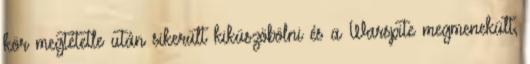
kör megtétetle után sikerült kiküszöbölni és a Warspite megmenekült,